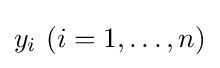
y_{i}\ (i=1,\ldots ,n)